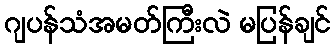
ဂျပန်သံအမတ်ကြီးလဲ မပြန်ချင်